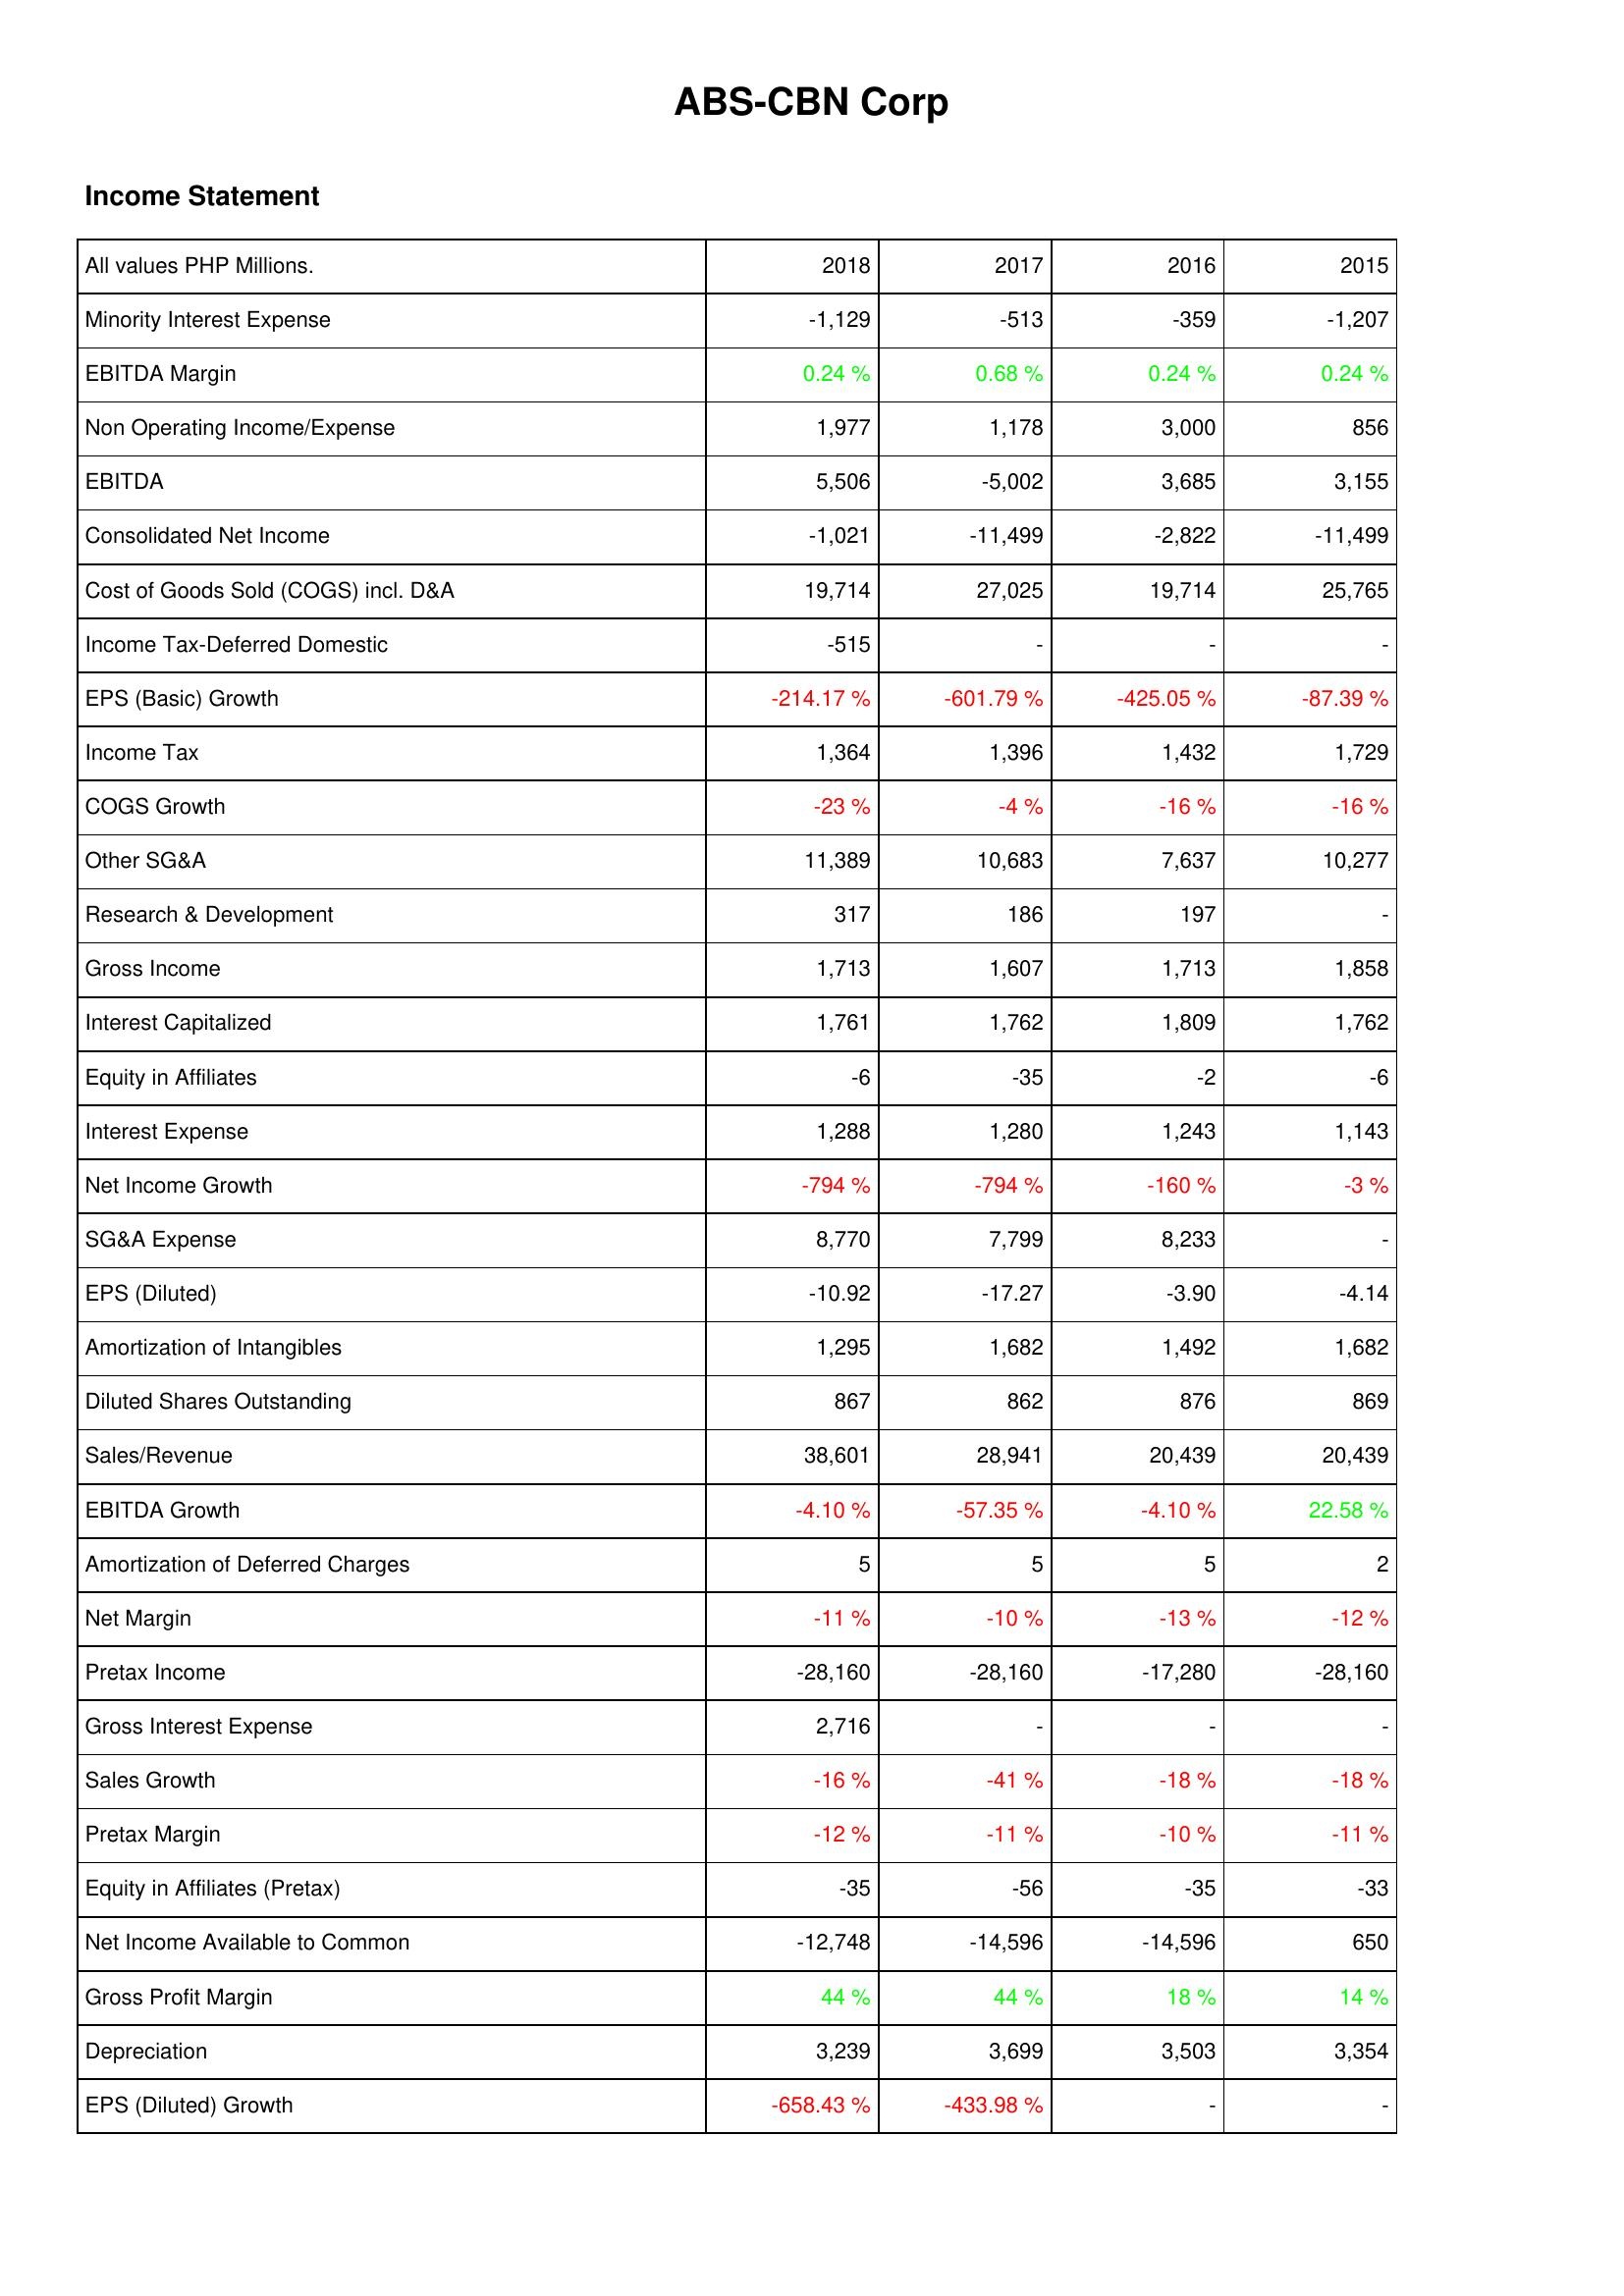
2018: Income Statement: Minority Interest Expense: -1,129
EBITDA Margin: 0.24 %
Non Operating Income/Expense: 1,977
EBITDA: 5,506
Consolidated Net Income: -1,021
Cost of Goods Sold (COGS) incl. D&A: 19,714
Income Tax-Deferred Domestic: -515
EPS (Basic) Growth: -214.17 %
Income Tax: 1,364
COGS Growth: -23 %
Other SG&A: 11,389
Research & Development: 317
Gross Income: 1,713
Interest Capitalized: 1,761
Equity in Affiliates: -6
Interest Expense: 1,288
Net Income Growth: -794 %
SG&A Expense: 8,770
EPS (Diluted): -10.92
Amortization of Intangibles: 1,295
Diluted Shares Outstanding: 867
Sales/Revenue: 38,601
EBITDA Growth: -4.10 %
Amortization of Deferred Charges: 5
Net Margin: -11 %
Pretax Income: -28,160
Gross Interest Expense: 2,716
Sales Growth: -16 %
Pretax Margin: -12 %
Equity in Affiliates (Pretax): -35
Net Income Available to Common: -12,748
Gross Profit Margin: 44 %
Depreciation: 3,239
EPS (Diluted) Growth: -658.43 %
2017: Income Statement: Minority Interest Expense: -513
EBITDA Margin: 0.68 %
Non Operating Income/Expense: 1,178
EBITDA: -5,002
Consolidated Net Income: -11,499
Cost of Goods Sold (COGS) incl. D&A: 27,025
Income Tax-Deferred Domestic: -
EPS (Basic) Growth: -601.79 %
Income Tax: 1,396
COGS Growth: -4 %
Other SG&A: 10,683
Research & Development: 186
Gross Income: 1,607
Interest Capitalized: 1,762
Equity in Affiliates: -35
Interest Expense: 1,280
Net Income Growth: -794 %
SG&A Expense: 7,799
EPS (Diluted): -17.27
Amortization of Intangibles: 1,682
Diluted Shares Outstanding: 862
Sales/Revenue: 28,941
EBITDA Growth: -57.35 %
Amortization of Deferred Charges: 5
Net Margin: -10 %
Pretax Income: -28,160
Gross Interest Expense: -
Sales Growth: -41 %
Pretax Margin: -11 %
Equity in Affiliates (Pretax): -56
Net Income Available to Common: -14,596
Gross Profit Margin: 44 %
Depreciation: 3,699
EPS (Diluted) Growth: -433.98 %
2016: Income Statement: Minority Interest Expense: -359
EBITDA Margin: 0.24 %
Non Operating Income/Expense: 3,000
EBITDA: 3,685
Consolidated Net Income: -2,822
Cost of Goods Sold (COGS) incl. D&A: 19,714
Income Tax-Deferred Domestic: -
EPS (Basic) Growth: -425.05 %
Income Tax: 1,432
COGS Growth: -16 %
Other SG&A: 7,637
Research & Development: 197
Gross Income: 1,713
Interest Capitalized: 1,809
Equity in Affiliates: -2
Interest Expense: 1,243
Net Income Growth: -160 %
SG&A Expense: 8,233
EPS (Diluted): -3.90
Amortization of Intangibles: 1,492
Diluted Shares Outstanding: 876
Sales/Revenue: 20,439
EBITDA Growth: -4.10 %
Amortization of Deferred Charges: 5
Net Margin: -13 %
Pretax Income: -17,280
Gross Interest Expense: -
Sales Growth: -18 %
Pretax Margin: -10 %
Equity in Affiliates (Pretax): -35
Net Income Available to Common: -14,596
Gross Profit Margin: 18 %
Depreciation: 3,503
EPS (Diluted) Growth: -
2015: Income Statement: Minority Interest Expense: -1,207
EBITDA Margin: 0.24 %
Non Operating Income/Expense: 856
EBITDA: 3,155
Consolidated Net Income: -11,499
Cost of Goods Sold (COGS) incl. D&A: 25,765
Income Tax-Deferred Domestic: -
EPS (Basic) Growth: -87.39 %
Income Tax: 1,729
COGS Growth: -16 %
Other SG&A: 10,277
Research & Development: -
Gross Income: 1,858
Interest Capitalized: 1,762
Equity in Affiliates: -6
Interest Expense: 1,143
Net Income Growth: -3 %
SG&A Expense: -
EPS (Diluted): -4.14
Amortization of Intangibles: 1,682
Diluted Shares Outstanding: 869
Sales/Revenue: 20,439
EBITDA Growth: 22.58 %
Amortization of Deferred Charges: 2
Net Margin: -12 %
Pretax Income: -28,160
Gross Interest Expense: -
Sales Growth: -18 %
Pretax Margin: -11 %
Equity in Affiliates (Pretax): -33
Net Income Available to Common: 650
Gross Profit Margin: 14 %
Depreciation: 3,354
EPS (Diluted) Growth: -